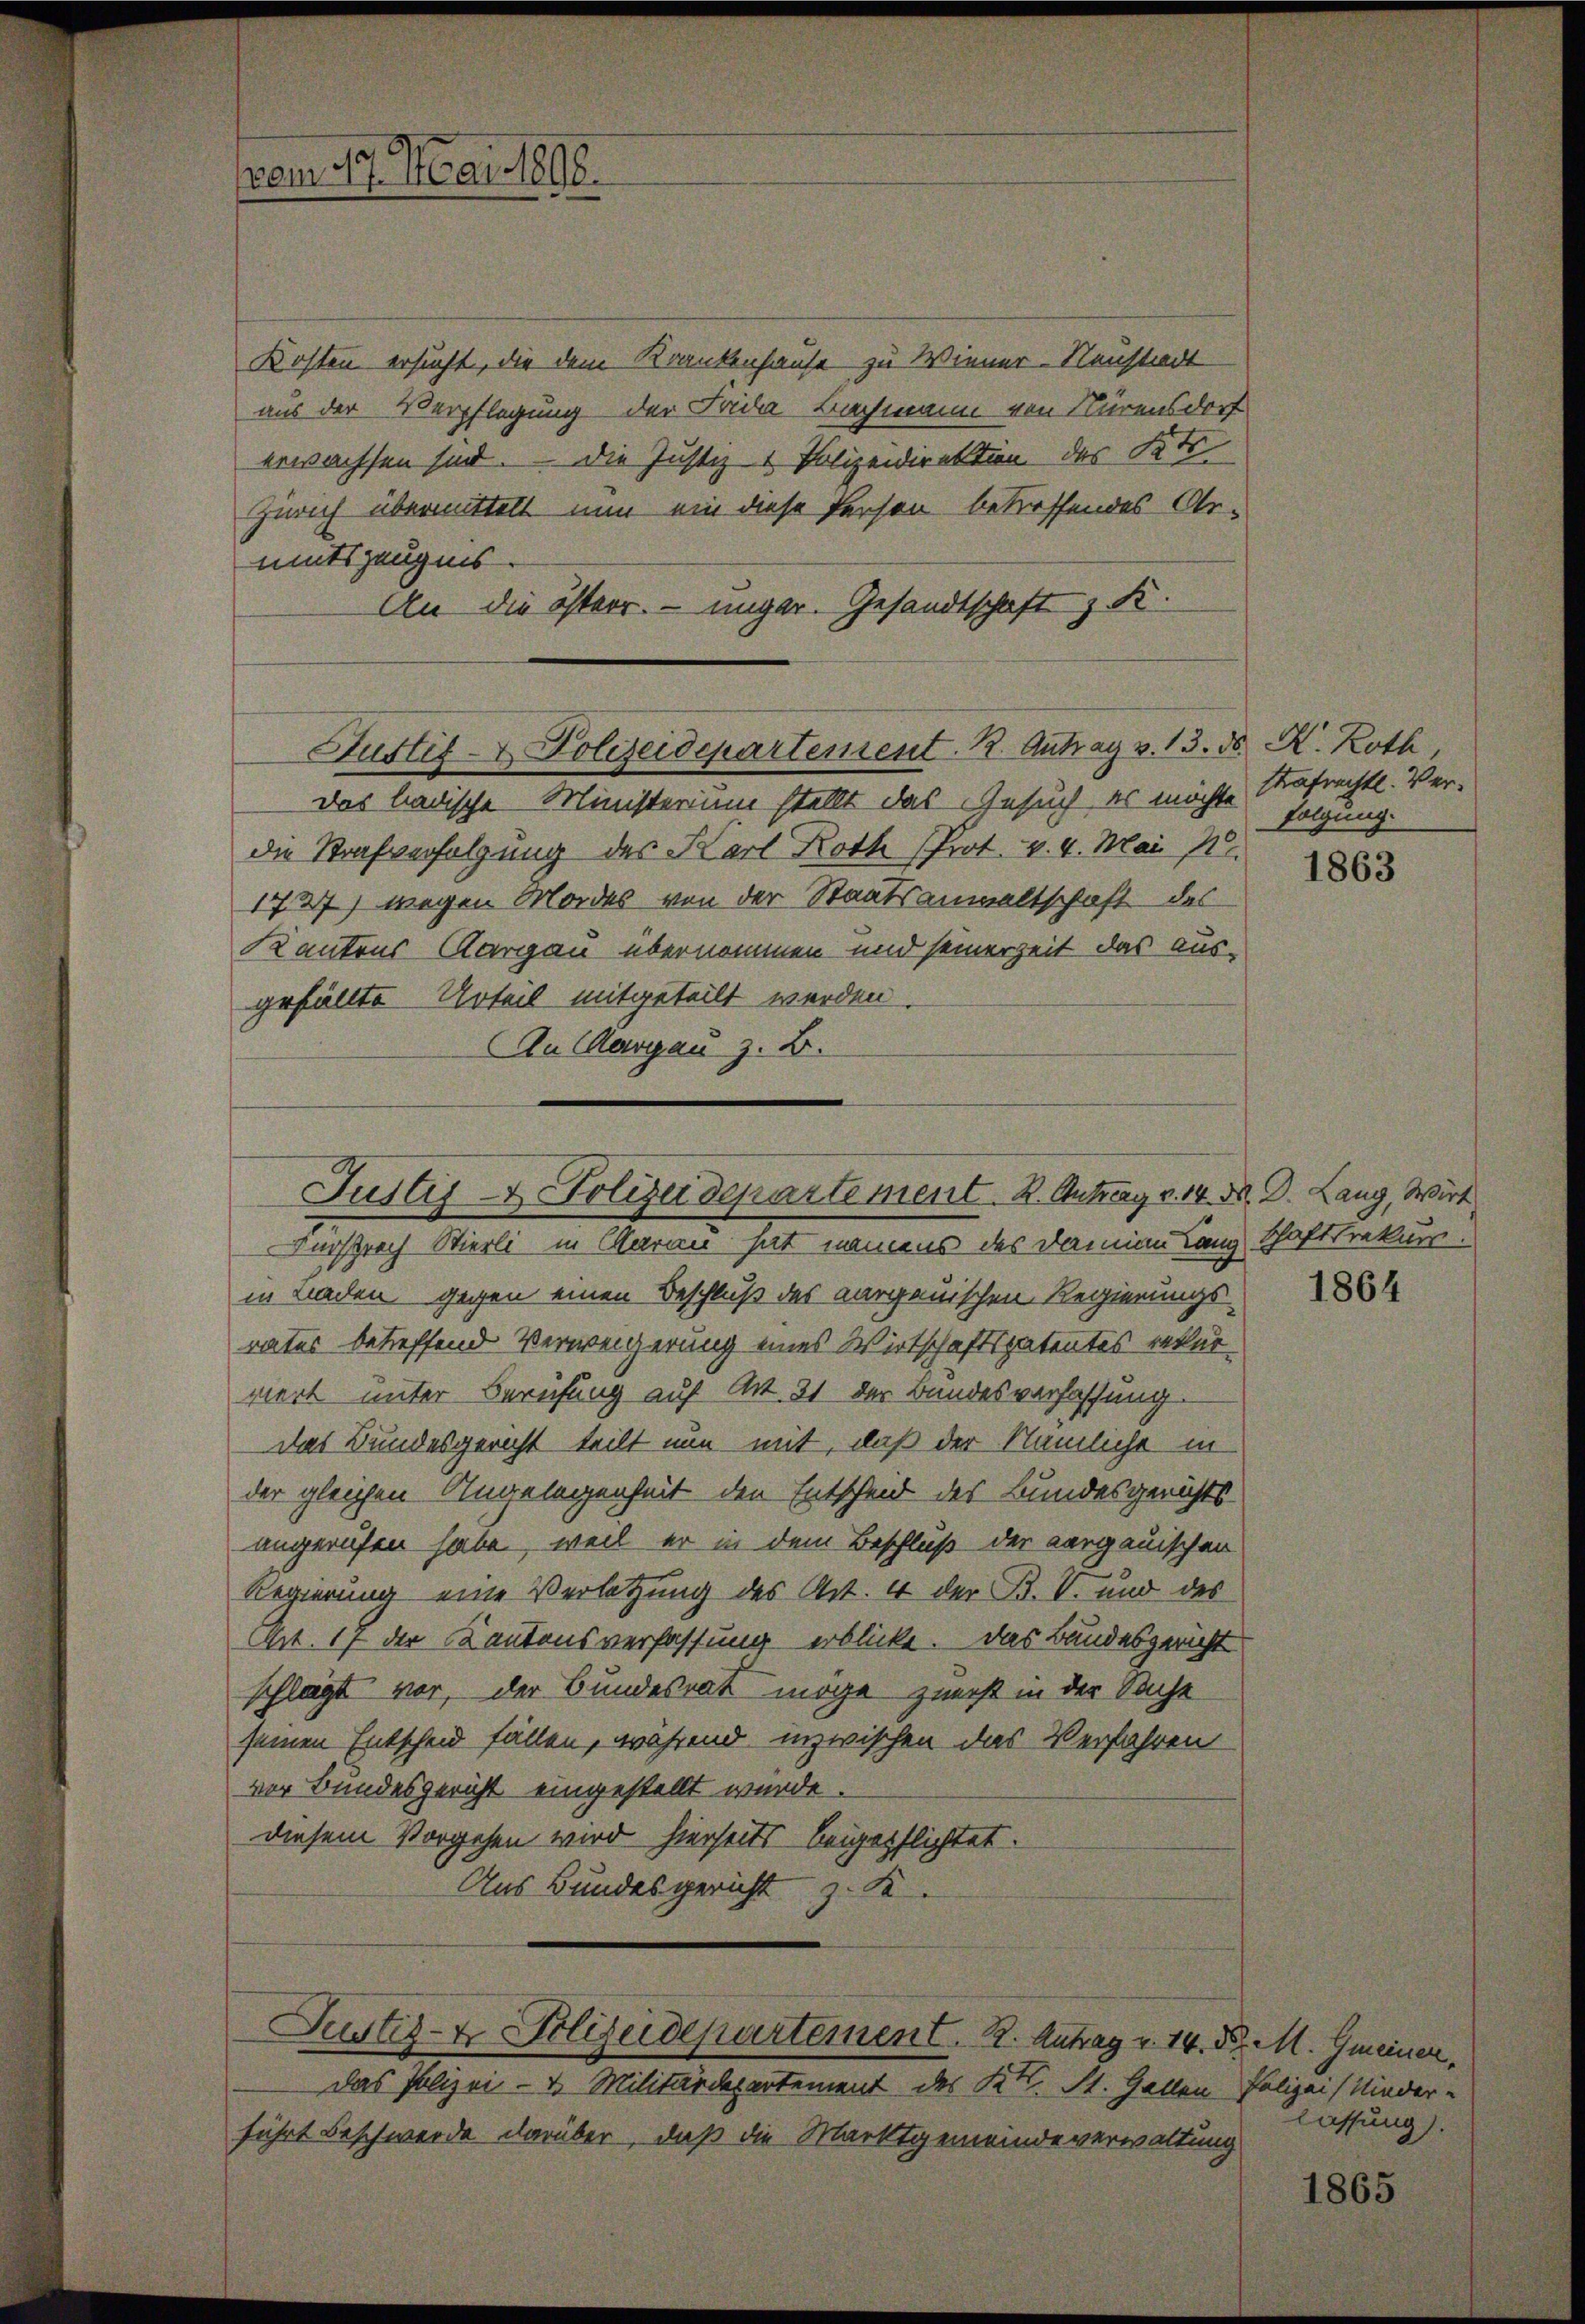
vam 10. Mai 1896.

Kosten ersucht, die dem Krankenhause zu Wiener-Neustadt
aus der Verpflegung der Frida Bachmann von Nürensdorf
erwachsen sind. Die Justiz & Polizeidirektion des St
Zürich übermittelt nun ein diese Person betreffendes Ar-
mitszeugnis.
An die österr. unger. Gesandtschaft z. K.

Justiz- & Polizeidepartement. R. Antrag v. 13. ds. K. Roth
das badische Ministerium stellt das Gesuch es möchte Nafrechtl. Ver-

die Strafverfolgung des Karl Roth (Prot. v. 4. Mai
1737) wegen Mordes von der Staatsanwaltschaft des
Kantons Aargau übernommen und seinerzeit das aus-
gefüllte Urteil mitgeteilt werden.
AAn Margau z. B.

Justiz & Polizeidepartement. K. Antrag v. 14. M. D. Lang, Wirt
Versprech Stierli in Garan hat namens des Damian Lang Schafttrekurs

in Laden gegen einen Beschluß des aargauischen Regierungs-
rates betreffend Verweigerung eines Wirtschaftspatentes rekur
viert unter Berufung auf Art. 31 der Bundesverfassung.
das Bundesgericht teilt nun mit, daß der Nämliche in
der gleichen Angelegenheit den Entscheid des Bundesgerichts
angerufen habe, weil er in dem Beschluß der aargauischen
Regierung eine Verletzung des Art. 4 der B. V. und des
Art. 17 der Kantonsverfassung erblicke. Das Bundesgericht
schlägt vor, der Bundesrat möge zuerst in der Sache
seinen Entscheid fällen, während inzwischen das Verfahren
vor Bundesgericht eingestellt wurde.
diesem Vorgehen wird hierseits beigepflichtet.
Aus Bundesgericht z. K
Justiz- & Polizeidepartement. 2. Antrag v. 14. d. M. Gmeiner,
Das Polizei- & Militärdepartement des Kt. St. Gallen Polizei (Nieder-
führt beschwerde darüber, daß die Marktgemeindeverwaltung

folgung.

1863

1864

lassung).

1865